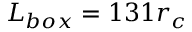
L _ { b o x } = 1 3 1 r _ { c }